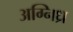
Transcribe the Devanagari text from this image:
अग्निध्र